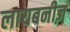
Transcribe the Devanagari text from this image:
लायबनीज़